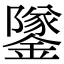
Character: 鐆